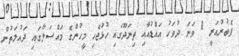
ފެބުރުއަރީ 8 ވަނަ ދުވަހު އައްޑުއާއި ތިނަދޫގައި ހުޅުޖެހި މީހުންގެ މައްސަލާގައި ދައުލަތުން